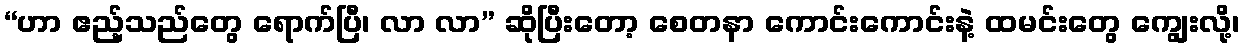
“ဟာ ဧည့်သည်တွေ ရောက်ပြီ၊ လာ လာ” ဆိုပြီးတော့ စေတနာ ကောင်းကောင်းနဲ့ ထမင်းတွေ ကျွေးလို့၊